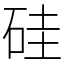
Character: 硅